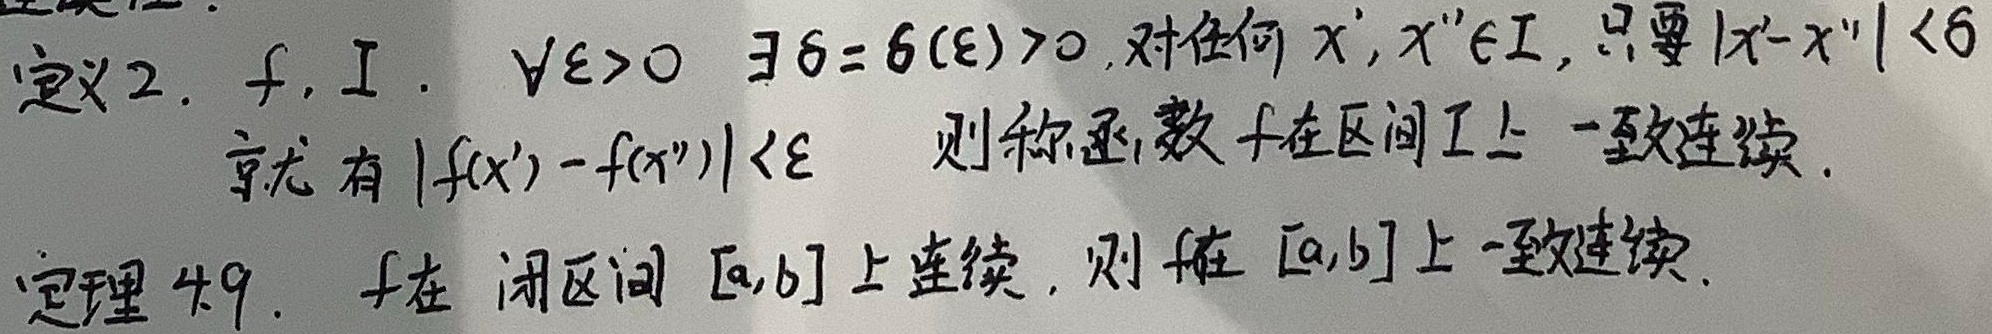
定义2：设函数\(f\)定义在区间\(I\)上。\(\forall \varepsilon>0\)，\(\exists \delta = \delta(\varepsilon)>0\)，对任何\(x',x''\in I\)，只要\(\vert x' - x''\vert<\delta\)，就有\(\vert f(x') - f(x'')\vert<\varepsilon\)，则称函数\(f\)在区间\(I\)上一致连续。

定理4.9：若函数\(f\)在闭区间\([a,b]\)上连续，则\(f\)在\([a,b]\)上一致连续。